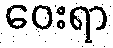
ဝေးရာ